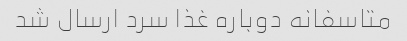
متاسفانه دوباره غذا سرد ارسال شد